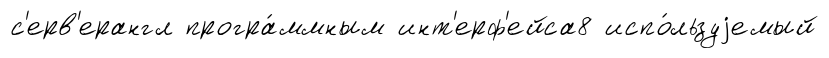
с'ерв'ерангл програ́ммным инт'ерф'ейса8 испо́льзуjемый